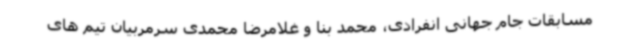
مسابقات جام جهانی انفرادی، محمد بنا و غلامرضا محمدی سرمربیان تیم های